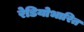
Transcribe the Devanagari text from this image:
रेडियोभारित